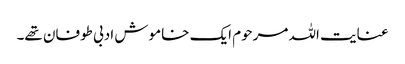
عنایت اللہ مرحوم ایک خاموش ادبی طوفان تھے۔